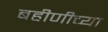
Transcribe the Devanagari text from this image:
बहीणीच्या